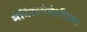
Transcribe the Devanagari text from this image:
मंदिरासंबंधीच्या